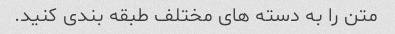
متن را به دسته های مختلف طبقه بندی کنید.